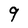
Character: 9